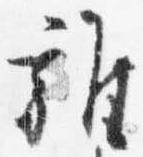
雑